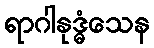
ရာဂါနုဒ္ဓံသေန